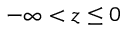
- \infty < z \leq 0